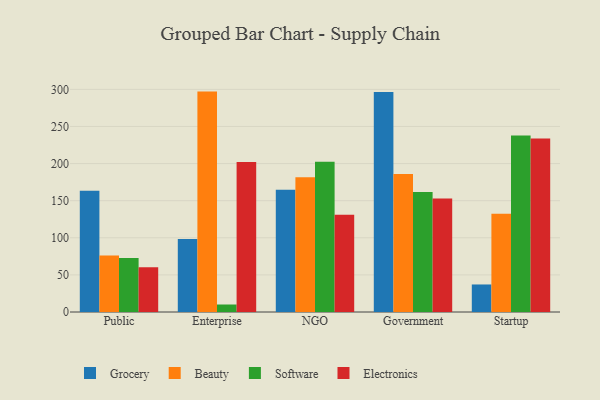
{"axis": {"x": "Segment", "y": "Headcount"}, "legend": ["Beauty", "Electronics", "Grocery", "Software"], "data": [{"x": "Public", "y": 163.3, "type": "Grocery"}, {"x": "Public", "y": 76.1, "type": "Beauty"}, {"x": "Public", "y": 72.6, "type": "Software"}, {"x": "Public", "y": 60.3, "type": "Electronics"}, {"x": "Enterprise", "y": 98.3, "type": "Grocery"}, {"x": "Enterprise", "y": 297.0, "type": "Beauty"}, {"x": "Enterprise", "y": 10.1, "type": "Software"}, {"x": "Enterprise", "y": 202.2, "type": "Electronics"}, {"x": "NGO", "y": 164.6, "type": "Grocery"}, {"x": "NGO", "y": 181.7, "type": "Beauty"}, {"x": "NGO", "y": 202.6, "type": "Software"}, {"x": "NGO", "y": 130.9, "type": "Electronics"}, {"x": "Government", "y": 296.6, "type": "Grocery"}, {"x": "Government", "y": 185.9, "type": "Beauty"}, {"x": "Government", "y": 161.7, "type": "Software"}, {"x": "Government", "y": 153.1, "type": "Electronics"}, {"x": "Startup", "y": 37.1, "type": "Grocery"}, {"x": "Startup", "y": 132.5, "type": "Beauty"}, {"x": "Startup", "y": 237.9, "type": "Software"}, {"x": "Startup", "y": 233.7, "type": "Electronics"}]}